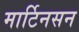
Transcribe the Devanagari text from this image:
मार्टिनसन